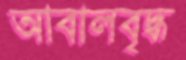
আবালবৃদ্ধ